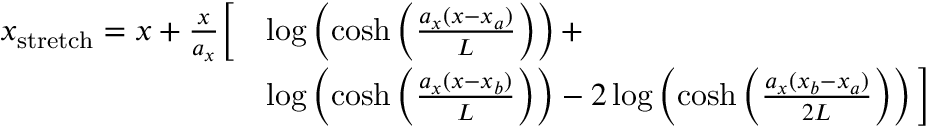
\begin{array} { r l } { x _ { \mathrm { s t r e t c h } } = x + \frac { x } { a _ { x } } { \bigg [ } } & { \log \left( \cosh \left( \frac { a _ { x } ( x - x _ { a } ) } { L } \right) \right) + } \\ & { \log \left( \cosh \left( \frac { a _ { x } ( x - x _ { b } ) } { L } \right) \right) - 2 \log \left( \cosh \left( \frac { a _ { x } ( x _ { b } - x _ { a } ) } { 2 L } \right) \right) { \bigg ] } } \end{array}